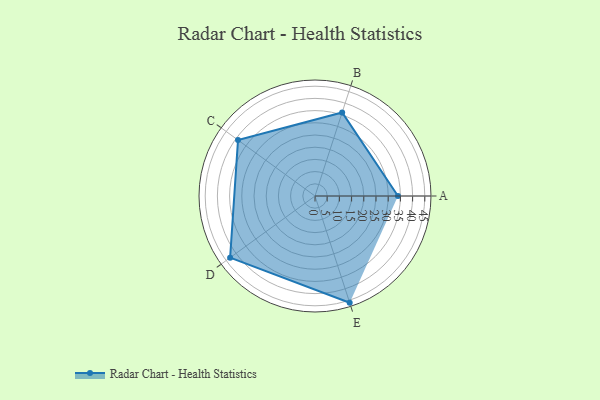
{"axis": {"x": "Skill", "y": "Score"}, "legend": ["Profile"], "data": [{"x": "A", "y": 34.0, "type": "Profile"}, {"x": "B", "y": 36.0, "type": "Profile"}, {"x": "C", "y": 39.0, "type": "Profile"}, {"x": "D", "y": 43.0, "type": "Profile"}, {"x": "E", "y": 46.0, "type": "Profile"}]}